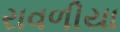
રાવળીયા